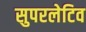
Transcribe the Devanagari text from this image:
सुपरलेटिव